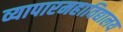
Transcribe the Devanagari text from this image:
व्यापारमहाविद्यालय